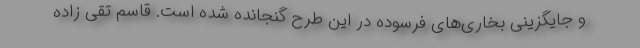
و جایگزینی بخاری‌های فرسوده در این طرح گنجانده شده است. قاسم تقی زاده